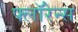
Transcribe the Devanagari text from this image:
फ्लाॅरेन्स